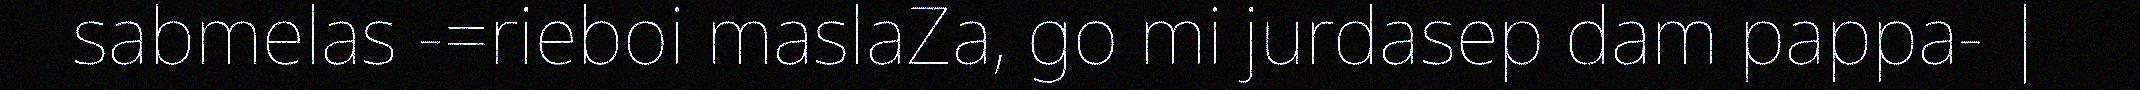
sabmelas -=rieboi maslaZa, go mi jurdasep dam pappa- |